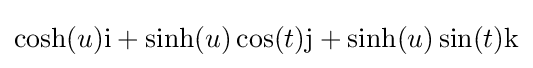
\cosh(u)\mathrm {i} +\sinh(u)\cos(t)\mathrm {j} +\sinh(u)\sin(t)\mathrm {k}